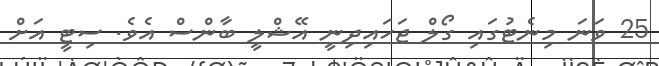
25 ވަނަ މިނެޓުގައި ގޯލް ޖަހައިދިނީ އޭޝްލީ ބާންސް އެވެ. ސިޓީ އަށް